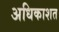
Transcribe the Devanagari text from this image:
अधिकाशत